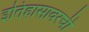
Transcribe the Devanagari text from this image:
इतिहासावरची